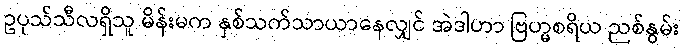
ဥပုသ်သီလရှိသူ မိန်းမက နှစ်သက်သာယာနေလျှင် အဲဒါဟာ ဗြဟ္မစရိယ ညစ်နွမ်း